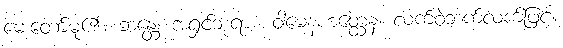
မေးတော်မူ၏။ ဘန္တေ၊ အရှင်ဘုရား။ ဝါမေနဟတ္ထေန၊ လက်ဝဲဘက်လက်ဖြင့်။